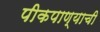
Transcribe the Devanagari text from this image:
पीकपाण्याची